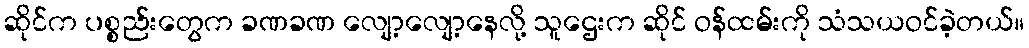
ဆိုင်က ပစ္စည်းတွေက ခဏခဏ လျော့လျော့နေလို့ သူဌေးက ဆိုင် ဝန်ထမ်းကို သံသယဝင်ခဲ့တယ်။